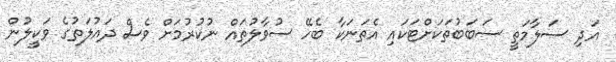
އަދި ސަލާމަތީ ސަބަބުތަކަށްޓަކައި އެތަނަކާ ބެހޭ ސުވާލުތައް ނުކުރުމަށް ވެސް ދައުލަތުގެ ވަކީލުން